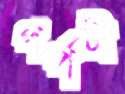
পর্পটী